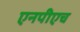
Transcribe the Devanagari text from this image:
एनपीएच